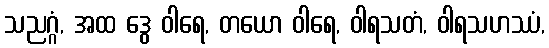
သညဂ္ဂံ, အထ ဒွေ ဝါရေ, တယော ဝါရေ, ဝါရသတံ, ဝါရသဟဿံ,